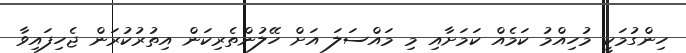
ހިންގުމަކީ މުހިއްމު ކަމެއް ކަމަށާއި މި މައްސަލަ އަށް ހޭލުންތެރިކަން އިތުރުކުރަން ޖެހިފައިވާ